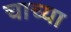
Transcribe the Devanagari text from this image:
चाच्या